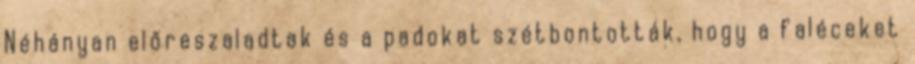
Néhányan előreszaladtak és a padokat szétbontották, hogy a faléceket